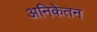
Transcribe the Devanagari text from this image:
अनिकेतन